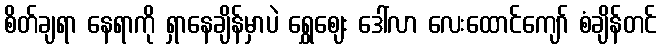
စိတ်ချရာ နေရာကို ရှာနေချိန်မှာပဲ ရွှေဈေး ဒေါ်လာ လေးထောင်ကျော် စံချိန်တင်